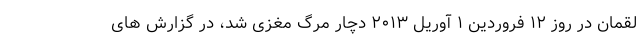
لقمان در روز ۱۲ فروردین ۱ آوریل ۲۰۱۳ دچار مرگ مغزی شد، در گزارش های